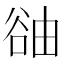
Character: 䜬